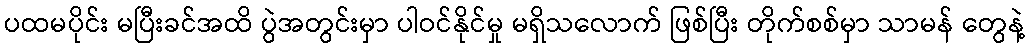
ပထမပိုင်း မပြီးခင်အထိ ပွဲအတွင်းမှာ ပါဝင်နိုင်မှု မရှိသလောက် ဖြစ်ပြီး တိုက်စစ်မှာ သာမန် တွေနဲ့